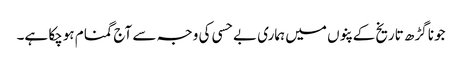
جونا گڑھ تاریخ کے پنوں میں ہماری بے حسی کی وجہ سے آج گمنام ہوچکا ہے۔